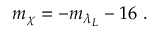
m _ { \chi } = - m _ { \lambda _ { L } } - 1 6 ~ .